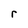
Character: r